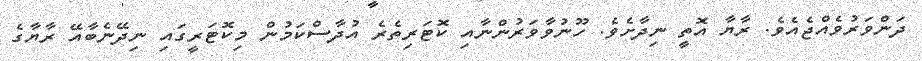
ދަންވަރުވެއްޖެއެވެ. ރާޔާ އޮތީ ނިދާށެވެ. ހޫނުވާވަރުންނާއި ކޮޓަރިތެރެ އުދާސްކަމުން މިކޮޓަރީގައި ނިދޭނެބާއޭ ރާޔާގެ